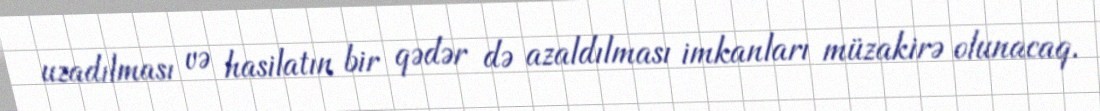
uzadılması və hasilatın bir qədər də azaldılması imkanları müzakirə olunacaq.